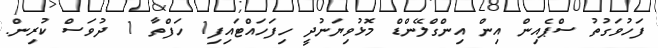
ފަހުވަގުތު ސްޕެއިން އިން އިންގްލޭންޑް މޮޅުވިޔަނުދީ ހިފަހައްޓައިފި1 ހަފްތާ 1 ދުވަސް ކުރިން.